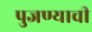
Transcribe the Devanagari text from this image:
पुजण्याची